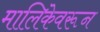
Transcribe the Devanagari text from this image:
मालिकेवरून